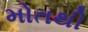
મોતથી